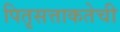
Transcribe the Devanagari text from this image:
पितृसत्ताकतेची